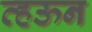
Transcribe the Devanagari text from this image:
व्हऊन